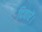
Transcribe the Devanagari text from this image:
दिवारें।